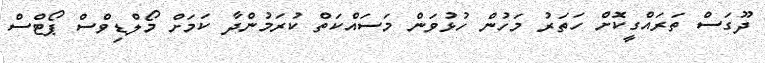
ދޫގަސް ތަރައްގީކޮށް ހަތަރު މަހުން ހުޅުވަން މަސައްކަތް ކުރަމުންދާ ކަމަށް މޯލްޑިވްސް ޕޯޓްސް